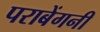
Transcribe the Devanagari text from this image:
पराबेंगनी